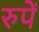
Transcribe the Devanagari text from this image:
रुपें